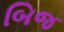
બિજ